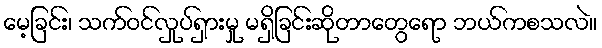
မေ့ခြင်း၊ သက်ဝင်လှုပ်ရှားမှု မရှိခြင်းဆိုတာတွေရော ဘယ်ကစသလဲ။